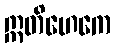
ဣတိဟေကေ